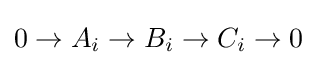
0\to A_{i}\to B_{i}\to C_{i}\to 0